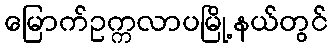
မြောက်ဥက္ကလာပမြို့နယ်တွင်